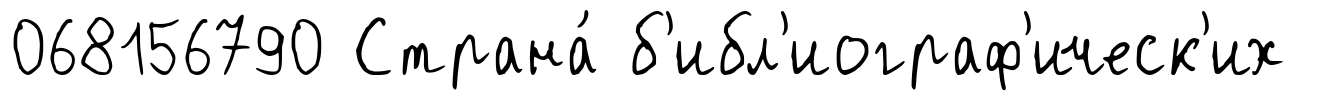
068156790 Страна́ б'ибл'иограф'ическ'их